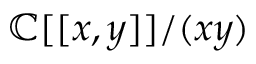
\mathbb { C } [ [ x , y ] ] / ( x y )